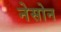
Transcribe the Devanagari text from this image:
नेसोन